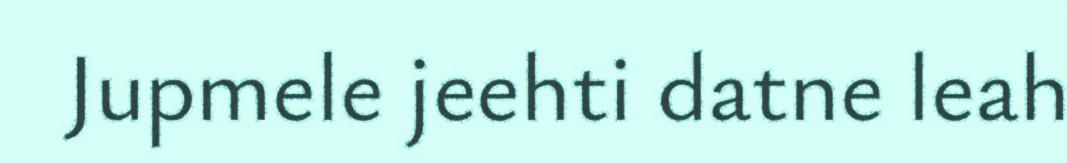
Jupmele jeehti datne leah